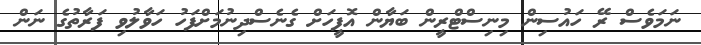
ނަމަވެސް ރޭ ހައުސިން މިނިސްޓްރީން ބަޔާން އޮފީހަށް ގެނެސްދިނުމަށްފަހު ހަވާލުވި ފަރާތުގެ ނަން